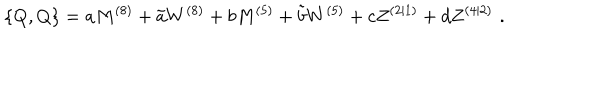
LaTeX: { } \{ Q , Q \} = a M ^ { ( 8 ) } + \tilde { a } W ^ { ( 8 ) } + b M ^ { ( 5 ) } + \tilde { b } W ^ { ( 5 ) } + c Z ^ { ( 2 | 1 ) } + d Z ^ { ( 4 | 2 ) } \, \, .